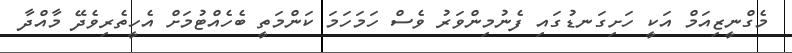
މެގްނީޒިއަމް އަކީ ހަށިގަނޑުގައި ފެނުމިންވަރު ވެސް ހަމަހަމަ ކަންމަތީ ބެހެއްޓުމަށް އެހީތެރިވެދޭ މާއްދާ